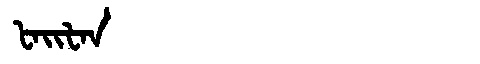
Manchu: ᡶᠠᡳᡶᠠᠨ
Romanization: FAIFAN